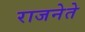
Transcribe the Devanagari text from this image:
राजनेते